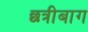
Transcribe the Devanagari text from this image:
छत्रीबाग